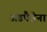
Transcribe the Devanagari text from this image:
अडपैजेना